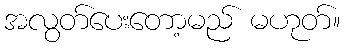
အလွတ်ပေးတော့မည် မဟုတ်။